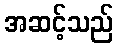
အဆင့်သည်